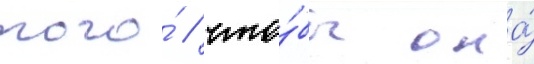
того́ / что́бы она́